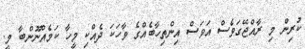
ކުރިން މި ރާއްޖޭގަވެސް އަވަސް އިންތިހާބެއްގެ ވާހަކަ ދެއްކި މީހާ ކަމެއްނޫންބާ މީ.